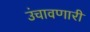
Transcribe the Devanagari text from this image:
उंचावणारी